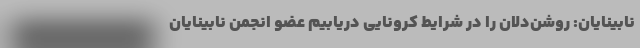
نابینایان: روشن‌دلان را در شرایط کرونایی دریابیم عضو انجمن نابینایان